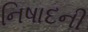
નિષાદની